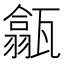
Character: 㽂